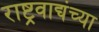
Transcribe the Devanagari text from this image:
राष्ट्रवाद्यंच्या